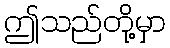
ဤသည်တို့မှာ